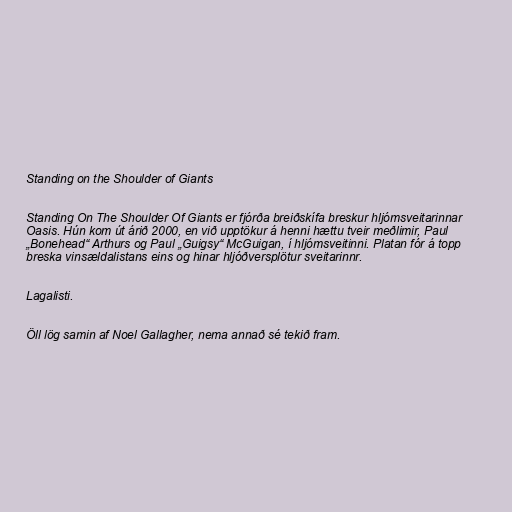
Standing on the Shoulder of Giants

Standing On The Shoulder Of Giants er fjórða breiðskífa breskur hljómsveitarinnar
Oasis. Hún kom út árið 2000, en við upptökur á henni hættu tveir meðlimir, Paul
„Bonehead“ Arthurs og Paul „Guigsy“ McGuigan, í hljómsveitinni. Platan fór á topp
breska vinsældalistans eins og hinar hljóðversplötur sveitarinnr.

Lagalisti.

Öll lög samin af Noel Gallagher, nema annað sé tekið fram.